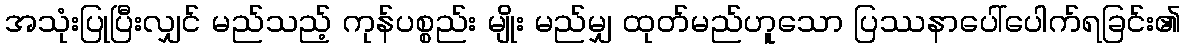
အသုံးပြုပြီးလျှင် မည်သည့် ကုန်ပစ္စည်း မျိုး မည်မျှ ထုတ်မည်ဟူသော ပြဿနာပေါ်ပေါက်ရခြင်း၏